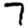
Digit: 7